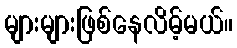
များများဖြစ်နေလိမ့်မယ်။